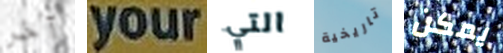
آخر your التي تاريخية يمكن